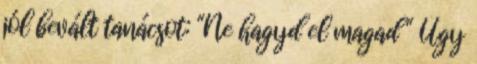
jól bevált tanácsot: "Ne hagyd el magad " Úgy